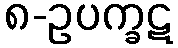
၈-ဥပက္ခဋ